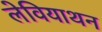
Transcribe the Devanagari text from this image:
लेवियाथन